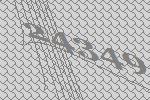
24349